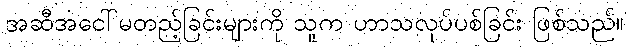
အဆီအငေါ်မတည့်ခြင်းများကို သူက ဟာသလုပ်ပစ်ခြင်း ဖြစ်သည်။